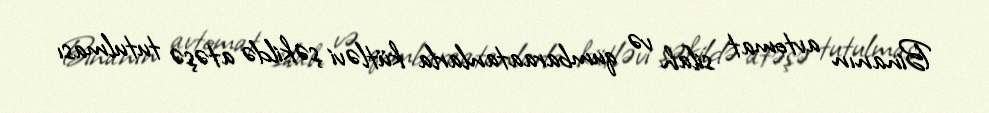
Binanın avtomat silah və qumbaraatanlarla kütləvi şəkildə atəşə tutulması